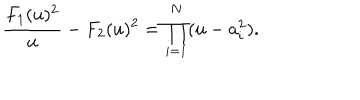
\frac { F _ { 1 } ( u ) ^ { 2 } } { u } - F _ { 2 } ( u ) ^ { 2 } = \prod _ { i = 1 } ^ { N } ( u - a _ { i } ^ { 2 } ) .